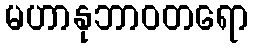
မဟာနုဘာဝတရော